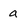
Character: a